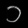
Digit: ၁